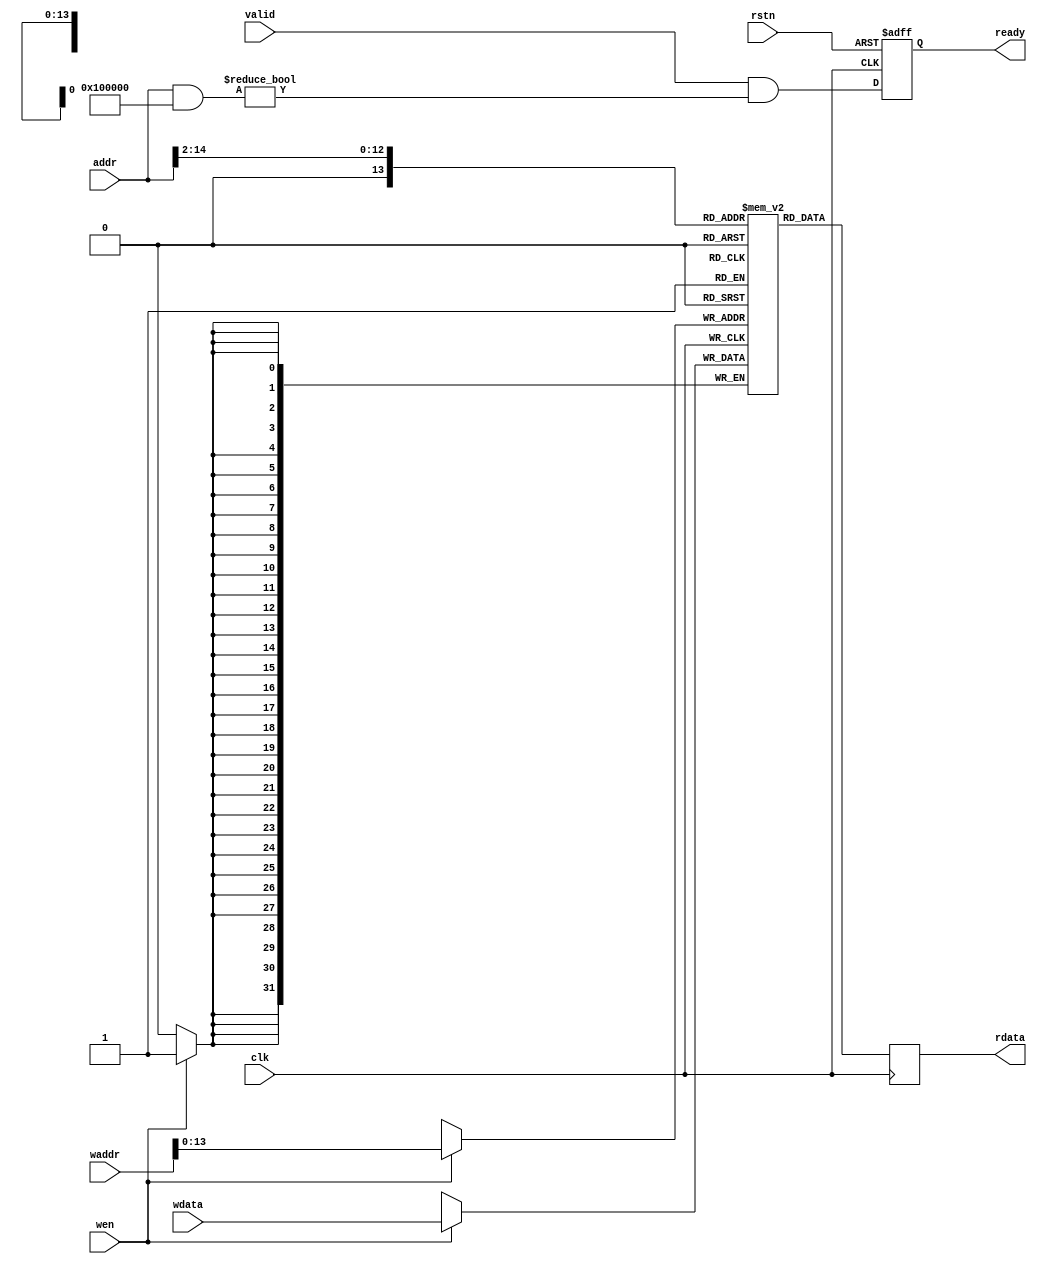

module progmem (
    // Clock & reset
    input wire clk,
    input wire rstn,

    // PicoRV32 bus interface
    input  wire        valid,
    output wire        ready,	
    input  wire [31:0] addr,
    output wire [31:0] rdata,
	// Rewrite firmware
    input  wire        wen,
	input  wire [31:0] waddr,
	input  wire [31:0] wdata
);

  // ============================================================================

  localparam MEM_SIZE_BITS = 13;  // In 32-bit words
  localparam MEM_SIZE = 1 << MEM_SIZE_BITS;
  localparam MEM_ADDR_MASK = 32'h0010_0000;

  // ============================================================================

  wire [MEM_SIZE_BITS-1:0] mem_addr;
  reg  [             31:0] mem_data;
  reg  [             31:0] mem      [0:MEM_SIZE];

  initial begin
    mem['h0000] <= 32'h00000093;
    mem['h0001] <= 32'h00000193;
    mem['h0002] <= 32'h00000213;
    mem['h0003] <= 32'h00000293;
    mem['h0004] <= 32'h00000313;
    mem['h0005] <= 32'h00000393;
    mem['h0006] <= 32'h00000413;
    mem['h0007] <= 32'h00000493;
    mem['h0008] <= 32'h00000513;
    mem['h0009] <= 32'h00000593;
    mem['h000A] <= 32'h00000613;
    mem['h000B] <= 32'h00000693;
    mem['h000C] <= 32'h00000713;
    mem['h000D] <= 32'h00000793;
    mem['h000E] <= 32'h00000813;
    mem['h000F] <= 32'h00000893;
    mem['h0010] <= 32'h00000913;
    mem['h0011] <= 32'h00000993;
    mem['h0012] <= 32'h00000A13;
    mem['h0013] <= 32'h00000A93;
    mem['h0014] <= 32'h00000B13;
    mem['h0015] <= 32'h00000B93;
    mem['h0016] <= 32'h00000C13;
    mem['h0017] <= 32'h00000C93;
    mem['h0018] <= 32'h00000D13;
    mem['h0019] <= 32'h00000D93;
    mem['h001A] <= 32'h00000E13;
    mem['h001B] <= 32'h00000E93;
    mem['h001C] <= 32'h00000F13;
    mem['h001D] <= 32'h00000F93;
    mem['h001E] <= 32'h00000513;
    mem['h001F] <= 32'h00000593;
    mem['h0020] <= 32'h00B52023;
    mem['h0021] <= 32'h00450513;
    mem['h0022] <= 32'hFE254CE3;
    mem['h0023] <= 32'h00001517;
    mem['h0024] <= 32'hEC850513;
    mem['h0025] <= 32'h00000593;
    mem['h0026] <= 32'h07C00613;
    mem['h0027] <= 32'h00C5DC63;
    mem['h0028] <= 32'h00052683;
    mem['h0029] <= 32'h00D5A023;
    mem['h002A] <= 32'h00450513;
    mem['h002B] <= 32'h00458593;
    mem['h002C] <= 32'hFEC5C8E3;
    mem['h002D] <= 32'h07C00513;
    mem['h002E] <= 32'h53000593;
    mem['h002F] <= 32'h00B55863;
    mem['h0030] <= 32'h00052023;
    mem['h0031] <= 32'h00450513;
    mem['h0032] <= 32'hFEB54CE3;
    mem['h0033] <= 32'h099000EF;
    mem['h0034] <= 32'h0000006F;
    mem['h0035] <= 32'hFF010113;
    mem['h0036] <= 32'h00812623;
    mem['h0037] <= 32'h01010413;
    mem['h0038] <= 32'h030007B7;
    mem['h0039] <= 32'h0007A783;
    mem['h003A] <= 32'h0107D793;
    mem['h003B] <= 32'h0FF7F713;
    mem['h003C] <= 32'h52E00623;
    mem['h003D] <= 32'h00000013;
    mem['h003E] <= 32'h00C12403;
    mem['h003F] <= 32'h01010113;
    mem['h0040] <= 32'h00008067;
    mem['h0041] <= 32'hFE010113;
    mem['h0042] <= 32'h00812E23;
    mem['h0043] <= 32'h02010413;
    mem['h0044] <= 32'h000017B7;
    mem['h0045] <= 32'hFFF78793;
    mem['h0046] <= 32'hFEF42623;
    mem['h0047] <= 32'hFE0405A3;
    mem['h0048] <= 32'h4E40006F;
    mem['h0049] <= 32'hFE040523;
    mem['h004A] <= 32'h4C40006F;
    mem['h004B] <= 32'hFE0404A3;
    mem['h004C] <= 32'h4A40006F;
    mem['h004D] <= 32'hFEB44783;
    mem['h004E] <= 32'h04079863;
    mem['h004F] <= 32'hFEA44783;
    mem['h0050] <= 32'h00078863;
    mem['h0051] <= 32'hFEA44703;
    mem['h0052] <= 32'h00100793;
    mem['h0053] <= 32'h00F71863;
    mem['h0054] <= 32'h22200793;
    mem['h0055] <= 32'hFEF42623;
    mem['h0056] <= 32'h4300006F;
    mem['h0057] <= 32'hFE944703;
    mem['h0058] <= 32'h01E00793;
    mem['h0059] <= 32'h00F70863;
    mem['h005A] <= 32'hFE944703;
    mem['h005B] <= 32'h01F00793;
    mem['h005C] <= 32'h00F71863;
    mem['h005D] <= 32'h11100793;
    mem['h005E] <= 32'hFEF42623;
    mem['h005F] <= 32'h40C0006F;
    mem['h0060] <= 32'hFE042623;
    mem['h0061] <= 32'h4040006F;
    mem['h0062] <= 32'hFEB44703;
    mem['h0063] <= 32'h00100793;
    mem['h0064] <= 32'h04F71C63;
    mem['h0065] <= 32'hFEA44783;
    mem['h0066] <= 32'h00078863;
    mem['h0067] <= 32'hFEA44703;
    mem['h0068] <= 32'h00100793;
    mem['h0069] <= 32'h00F71863;
    mem['h006A] <= 32'h08000793;
    mem['h006B] <= 32'hFEF42623;
    mem['h006C] <= 32'h3D80006F;
    mem['h006D] <= 32'hFE944703;
    mem['h006E] <= 32'h01E00793;
    mem['h006F] <= 32'h00F70863;
    mem['h0070] <= 32'hFE944703;
    mem['h0071] <= 32'h01F00793;
    mem['h0072] <= 32'h00F71863;
    mem['h0073] <= 32'h08000793;
    mem['h0074] <= 32'hFEF42623;
    mem['h0075] <= 32'h3B40006F;
    mem['h0076] <= 32'h000017B7;
    mem['h0077] <= 32'h8B478793;
    mem['h0078] <= 32'hFEF42623;
    mem['h0079] <= 32'h3A40006F;
    mem['h007A] <= 32'hFEB44703;
    mem['h007B] <= 32'h00200793;
    mem['h007C] <= 32'h04F71A63;
    mem['h007D] <= 32'hFEA44783;
    mem['h007E] <= 32'h00078863;
    mem['h007F] <= 32'hFEA44703;
    mem['h0080] <= 32'h00100793;
    mem['h0081] <= 32'h00F71863;
    mem['h0082] <= 32'h00B00793;
    mem['h0083] <= 32'hFEF42623;
    mem['h0084] <= 32'h3780006F;
    mem['h0085] <= 32'hFE944703;
    mem['h0086] <= 32'h01E00793;
    mem['h0087] <= 32'h00F70863;
    mem['h0088] <= 32'hFE944703;
    mem['h0089] <= 32'h01F00793;
    mem['h008A] <= 32'h00F71863;
    mem['h008B] <= 32'h00B00793;
    mem['h008C] <= 32'hFEF42623;
    mem['h008D] <= 32'h3540006F;
    mem['h008E] <= 32'h00900793;
    mem['h008F] <= 32'hFEF42623;
    mem['h0090] <= 32'h3480006F;
    mem['h0091] <= 32'hFEB44703;
    mem['h0092] <= 32'h00300793;
    mem['h0093] <= 32'h06F71063;
    mem['h0094] <= 32'hFEA44783;
    mem['h0095] <= 32'h00078863;
    mem['h0096] <= 32'hFEA44703;
    mem['h0097] <= 32'h00100793;
    mem['h0098] <= 32'h00F71A63;
    mem['h0099] <= 32'h000017B7;
    mem['h009A] <= 32'hA0078793;
    mem['h009B] <= 32'hFEF42623;
    mem['h009C] <= 32'h3180006F;
    mem['h009D] <= 32'hFE944703;
    mem['h009E] <= 32'h01E00793;
    mem['h009F] <= 32'h00F70863;
    mem['h00A0] <= 32'hFE944703;
    mem['h00A1] <= 32'h01F00793;
    mem['h00A2] <= 32'h00F71A63;
    mem['h00A3] <= 32'h000017B7;
    mem['h00A4] <= 32'hB0078793;
    mem['h00A5] <= 32'hFEF42623;
    mem['h00A6] <= 32'h2F00006F;
    mem['h00A7] <= 32'h000017B7;
    mem['h00A8] <= 32'hF0078793;
    mem['h00A9] <= 32'hFEF42623;
    mem['h00AA] <= 32'h2E00006F;
    mem['h00AB] <= 32'hFEB44703;
    mem['h00AC] <= 32'h00400793;
    mem['h00AD] <= 32'h06F71063;
    mem['h00AE] <= 32'hFEA44783;
    mem['h00AF] <= 32'h00078863;
    mem['h00B0] <= 32'hFEA44703;
    mem['h00B1] <= 32'h00100793;
    mem['h00B2] <= 32'h00F71A63;
    mem['h00B3] <= 32'h000017B7;
    mem['h00B4] <= 32'hFD878793;
    mem['h00B5] <= 32'hFEF42623;
    mem['h00B6] <= 32'h2B00006F;
    mem['h00B7] <= 32'hFE944703;
    mem['h00B8] <= 32'h01E00793;
    mem['h00B9] <= 32'h00F70863;
    mem['h00BA] <= 32'hFE944703;
    mem['h00BB] <= 32'h01F00793;
    mem['h00BC] <= 32'h00F71A63;
    mem['h00BD] <= 32'h000017B7;
    mem['h00BE] <= 32'hFD478793;
    mem['h00BF] <= 32'hFEF42623;
    mem['h00C0] <= 32'h2880006F;
    mem['h00C1] <= 32'h000017B7;
    mem['h00C2] <= 32'hFF078793;
    mem['h00C3] <= 32'hFEF42623;
    mem['h00C4] <= 32'h2780006F;
    mem['h00C5] <= 32'hFEB44703;
    mem['h00C6] <= 32'h00500793;
    mem['h00C7] <= 32'h04F71A63;
    mem['h00C8] <= 32'hFEA44783;
    mem['h00C9] <= 32'h00078863;
    mem['h00CA] <= 32'hFEA44703;
    mem['h00CB] <= 32'h00100793;
    mem['h00CC] <= 32'h00F71863;
    mem['h00CD] <= 32'h75D00793;
    mem['h00CE] <= 32'hFEF42623;
    mem['h00CF] <= 32'h24C0006F;
    mem['h00D0] <= 32'hFE944703;
    mem['h00D1] <= 32'h01E00793;
    mem['h00D2] <= 32'h00F70863;
    mem['h00D3] <= 32'hFE944703;
    mem['h00D4] <= 32'h01F00793;
    mem['h00D5] <= 32'h00F71863;
    mem['h00D6] <= 32'h74D00793;
    mem['h00D7] <= 32'hFEF42623;
    mem['h00D8] <= 32'h2280006F;
    mem['h00D9] <= 32'h70D00793;
    mem['h00DA] <= 32'hFEF42623;
    mem['h00DB] <= 32'h21C0006F;
    mem['h00DC] <= 32'hFEB44703;
    mem['h00DD] <= 32'h00600793;
    mem['h00DE] <= 32'h06F71063;
    mem['h00DF] <= 32'hFEA44783;
    mem['h00E0] <= 32'h00078863;
    mem['h00E1] <= 32'hFEA44703;
    mem['h00E2] <= 32'h00100793;
    mem['h00E3] <= 32'h00F71A63;
    mem['h00E4] <= 32'h000017B7;
    mem['h00E5] <= 32'hFAF78793;
    mem['h00E6] <= 32'hFEF42623;
    mem['h00E7] <= 32'h1EC0006F;
    mem['h00E8] <= 32'hFE944703;
    mem['h00E9] <= 32'h01E00793;
    mem['h00EA] <= 32'h00F70863;
    mem['h00EB] <= 32'hFE944703;
    mem['h00EC] <= 32'h01F00793;
    mem['h00ED] <= 32'h00F71A63;
    mem['h00EE] <= 32'h000017B7;
    mem['h00EF] <= 32'hF6F78793;
    mem['h00F0] <= 32'hFEF42623;
    mem['h00F1] <= 32'h1C40006F;
    mem['h00F2] <= 32'h000017B7;
    mem['h00F3] <= 32'hF0F78793;
    mem['h00F4] <= 32'hFEF42623;
    mem['h00F5] <= 32'h1B40006F;
    mem['h00F6] <= 32'hFEB44703;
    mem['h00F7] <= 32'h00700793;
    mem['h00F8] <= 32'h06F71063;
    mem['h00F9] <= 32'hFEA44783;
    mem['h00FA] <= 32'h00078863;
    mem['h00FB] <= 32'hFEA44703;
    mem['h00FC] <= 32'h00100793;
    mem['h00FD] <= 32'h00F71A63;
    mem['h00FE] <= 32'h000017B7;
    mem['h00FF] <= 32'hFB078793;
    mem['h0100] <= 32'hFEF42623;
    mem['h0101] <= 32'h1840006F;
    mem['h0102] <= 32'hFE944703;
    mem['h0103] <= 32'h01E00793;
    mem['h0104] <= 32'h00F70863;
    mem['h0105] <= 32'hFE944703;
    mem['h0106] <= 32'h01F00793;
    mem['h0107] <= 32'h00F71A63;
    mem['h0108] <= 32'h000017B7;
    mem['h0109] <= 32'hF9078793;
    mem['h010A] <= 32'hFEF42623;
    mem['h010B] <= 32'h15C0006F;
    mem['h010C] <= 32'h000017B7;
    mem['h010D] <= 32'hFA078793;
    mem['h010E] <= 32'hFEF42623;
    mem['h010F] <= 32'h14C0006F;
    mem['h0110] <= 32'hFEB44703;
    mem['h0111] <= 32'h00800793;
    mem['h0112] <= 32'h00F71863;
    mem['h0113] <= 32'h0A000793;
    mem['h0114] <= 32'hFEF42623;
    mem['h0115] <= 32'h1340006F;
    mem['h0116] <= 32'hFEB44703;
    mem['h0117] <= 32'h00900793;
    mem['h0118] <= 32'h04F71E63;
    mem['h0119] <= 32'hFE944703;
    mem['h011A] <= 32'h01E00793;
    mem['h011B] <= 32'h00F70863;
    mem['h011C] <= 32'hFE944703;
    mem['h011D] <= 32'h01F00793;
    mem['h011E] <= 32'h00F71A63;
    mem['h011F] <= 32'h000017B7;
    mem['h0120] <= 32'hCCC78793;
    mem['h0121] <= 32'hFEF42623;
    mem['h0122] <= 32'h1000006F;
    mem['h0123] <= 32'hFEA44783;
    mem['h0124] <= 32'h00078863;
    mem['h0125] <= 32'hFEA44703;
    mem['h0126] <= 32'h00100793;
    mem['h0127] <= 32'h00F71863;
    mem['h0128] <= 32'h11100793;
    mem['h0129] <= 32'hFEF42623;
    mem['h012A] <= 32'h0E00006F;
    mem['h012B] <= 32'h000017B7;
    mem['h012C] <= 32'hAAA78793;
    mem['h012D] <= 32'hFEF42623;
    mem['h012E] <= 32'h0D00006F;
    mem['h012F] <= 32'hFEB44703;
    mem['h0130] <= 32'h00A00793;
    mem['h0131] <= 32'h04F71A63;
    mem['h0132] <= 32'hFEA44783;
    mem['h0133] <= 32'h00078863;
    mem['h0134] <= 32'hFEA44703;
    mem['h0135] <= 32'h00100793;
    mem['h0136] <= 32'h00F71863;
    mem['h0137] <= 32'h00B00793;
    mem['h0138] <= 32'hFEF42623;
    mem['h0139] <= 32'h0A40006F;
    mem['h013A] <= 32'hFE944703;
    mem['h013B] <= 32'h01E00793;
    mem['h013C] <= 32'h00F70863;
    mem['h013D] <= 32'hFE944703;
    mem['h013E] <= 32'h01F00793;
    mem['h013F] <= 32'h00F71863;
    mem['h0140] <= 32'h00B00793;
    mem['h0141] <= 32'hFEF42623;
    mem['h0142] <= 32'h0800006F;
    mem['h0143] <= 32'h00700793;
    mem['h0144] <= 32'hFEF42623;
    mem['h0145] <= 32'h0740006F;
    mem['h0146] <= 32'hFEB44703;
    mem['h0147] <= 32'h00B00793;
    mem['h0148] <= 32'h00F71A63;
    mem['h0149] <= 32'h000017B7;
    mem['h014A] <= 32'hAA078793;
    mem['h014B] <= 32'hFEF42623;
    mem['h014C] <= 32'h0580006F;
    mem['h014D] <= 32'hFEB44703;
    mem['h014E] <= 32'h00C00793;
    mem['h014F] <= 32'h00F71863;
    mem['h0150] <= 32'h0AA00793;
    mem['h0151] <= 32'hFEF42623;
    mem['h0152] <= 32'h0400006F;
    mem['h0153] <= 32'hFEB44703;
    mem['h0154] <= 32'h00D00793;
    mem['h0155] <= 32'h00F71A63;
    mem['h0156] <= 32'h000017B7;
    mem['h0157] <= 32'hA0A78793;
    mem['h0158] <= 32'hFEF42623;
    mem['h0159] <= 32'h0240006F;
    mem['h015A] <= 32'hFEB44703;
    mem['h015B] <= 32'h00E00793;
    mem['h015C] <= 32'h00F71A63;
    mem['h015D] <= 32'h000017B7;
    mem['h015E] <= 32'hFFF78793;
    mem['h015F] <= 32'hFEF42623;
    mem['h0160] <= 32'h0080006F;
    mem['h0161] <= 32'hFE042623;
    mem['h0162] <= 32'hFEB44703;
    mem['h0163] <= 32'h00070793;
    mem['h0164] <= 32'h00179793;
    mem['h0165] <= 32'h00E787B3;
    mem['h0166] <= 32'h00379793;
    mem['h0167] <= 32'h00078713;
    mem['h0168] <= 32'hFEA44783;
    mem['h0169] <= 32'h00F707B3;
    mem['h016A] <= 32'h00579713;
    mem['h016B] <= 32'hFE944783;
    mem['h016C] <= 32'h00F707B3;
    mem['h016D] <= 32'h00279713;
    mem['h016E] <= 32'h051007B7;
    mem['h016F] <= 32'h00F707B3;
    mem['h0170] <= 32'hFEC42703;
    mem['h0171] <= 32'h00E7A023;
    mem['h0172] <= 32'hFE944783;
    mem['h0173] <= 32'h00178793;
    mem['h0174] <= 32'hFEF404A3;
    mem['h0175] <= 32'hFE944703;
    mem['h0176] <= 32'h01F00793;
    mem['h0177] <= 32'hB4E7FCE3;
    mem['h0178] <= 32'hFEA44783;
    mem['h0179] <= 32'h00178793;
    mem['h017A] <= 32'hFEF40523;
    mem['h017B] <= 32'hFEA44703;
    mem['h017C] <= 32'h01700793;
    mem['h017D] <= 32'hB2E7FCE3;
    mem['h017E] <= 32'hFEB44783;
    mem['h017F] <= 32'h00178793;
    mem['h0180] <= 32'hFEF405A3;
    mem['h0181] <= 32'hFEB44703;
    mem['h0182] <= 32'h00F00793;
    mem['h0183] <= 32'hB0E7FCE3;
    mem['h0184] <= 32'h00000013;
    mem['h0185] <= 32'h00000013;
    mem['h0186] <= 32'h01C12403;
    mem['h0187] <= 32'h02010113;
    mem['h0188] <= 32'h00008067;
    mem['h0189] <= 32'hFD010113;
    mem['h018A] <= 32'h02812623;
    mem['h018B] <= 32'h03010413;
    mem['h018C] <= 32'hFCA42E23;
    mem['h018D] <= 32'hFCB42C23;
    mem['h018E] <= 32'hFCC42A23;
    mem['h018F] <= 32'hFE042623;
    mem['h0190] <= 32'hFD442703;
    mem['h0191] <= 32'h41F75793;
    mem['h0192] <= 32'h01E7D793;
    mem['h0193] <= 32'h00F70733;
    mem['h0194] <= 32'h00377713;
    mem['h0195] <= 32'h40F707B3;
    mem['h0196] <= 32'h00300713;
    mem['h0197] <= 32'h08E78063;
    mem['h0198] <= 32'h00300713;
    mem['h0199] <= 32'h08F74C63;
    mem['h019A] <= 32'h00200713;
    mem['h019B] <= 32'h04E78863;
    mem['h019C] <= 32'h00200713;
    mem['h019D] <= 32'h08F74463;
    mem['h019E] <= 32'h00078863;
    mem['h019F] <= 32'h00100713;
    mem['h01A0] <= 32'h02E78063;
    mem['h01A1] <= 32'h0780006F;
    mem['h01A2] <= 32'hFD842783;
    mem['h01A3] <= 32'h00279793;
    mem['h01A4] <= 32'hFDC42703;
    mem['h01A5] <= 32'h00F707B3;
    mem['h01A6] <= 32'hFEF42623;
    mem['h01A7] <= 32'h0600006F;
    mem['h01A8] <= 32'hFD842783;
    mem['h01A9] <= 32'h00C78713;
    mem['h01AA] <= 32'hFDC42783;
    mem['h01AB] <= 32'h00279793;
    mem['h01AC] <= 32'h40F707B3;
    mem['h01AD] <= 32'hFEF42623;
    mem['h01AE] <= 32'h0440006F;
    mem['h01AF] <= 32'hFD842783;
    mem['h01B0] <= 32'h00279793;
    mem['h01B1] <= 32'h00F00713;
    mem['h01B2] <= 32'h40F70733;
    mem['h01B3] <= 32'hFDC42783;
    mem['h01B4] <= 32'h40F707B3;
    mem['h01B5] <= 32'hFEF42623;
    mem['h01B6] <= 32'h0240006F;
    mem['h01B7] <= 32'h00300713;
    mem['h01B8] <= 32'hFD842783;
    mem['h01B9] <= 32'h40F70733;
    mem['h01BA] <= 32'hFDC42783;
    mem['h01BB] <= 32'h00279793;
    mem['h01BC] <= 32'h00F707B3;
    mem['h01BD] <= 32'hFEF42623;
    mem['h01BE] <= 32'h00000013;
    mem['h01BF] <= 32'hFEC42783;
    mem['h01C0] <= 32'h00078513;
    mem['h01C1] <= 32'h02C12403;
    mem['h01C2] <= 32'h03010113;
    mem['h01C3] <= 32'h00008067;
    mem['h01C4] <= 32'hFD010113;
    mem['h01C5] <= 32'h02112623;
    mem['h01C6] <= 32'h02812423;
    mem['h01C7] <= 32'h03010413;
    mem['h01C8] <= 32'hFCA42E23;
    mem['h01C9] <= 32'hFCB42C23;
    mem['h01CA] <= 32'hFCC42A23;
    mem['h01CB] <= 32'hFCD42823;
    mem['h01CC] <= 32'hFE042623;
    mem['h01CD] <= 32'h0FC0006F;
    mem['h01CE] <= 32'hFE042423;
    mem['h01CF] <= 32'h0DC0006F;
    mem['h01D0] <= 32'hFD842603;
    mem['h01D1] <= 32'hFE842583;
    mem['h01D2] <= 32'hFEC42503;
    mem['h01D3] <= 32'hED9FF0EF;
    mem['h01D4] <= 32'hFEA42223;
    mem['h01D5] <= 32'hFD042703;
    mem['h01D6] <= 32'hFE842783;
    mem['h01D7] <= 32'h00F70733;
    mem['h01D8] <= 32'h00070793;
    mem['h01D9] <= 32'h00279793;
    mem['h01DA] <= 32'h00E787B3;
    mem['h01DB] <= 32'h00379793;
    mem['h01DC] <= 32'h00078693;
    mem['h01DD] <= 32'hFD442703;
    mem['h01DE] <= 32'hFEC42783;
    mem['h01DF] <= 32'h00F707B3;
    mem['h01E0] <= 32'h00F687B3;
    mem['h01E1] <= 32'hFEF42023;
    mem['h01E2] <= 32'hFD442703;
    mem['h01E3] <= 32'hFEC42783;
    mem['h01E4] <= 32'h00F707B3;
    mem['h01E5] <= 32'h0607CC63;
    mem['h01E6] <= 32'hFD442703;
    mem['h01E7] <= 32'hFEC42783;
    mem['h01E8] <= 32'h00F70733;
    mem['h01E9] <= 32'h02700793;
    mem['h01EA] <= 32'h06E7C263;
    mem['h01EB] <= 32'hFD042703;
    mem['h01EC] <= 32'hFE842783;
    mem['h01ED] <= 32'h00F707B3;
    mem['h01EE] <= 32'h0407CA63;
    mem['h01EF] <= 32'hFD042703;
    mem['h01F0] <= 32'hFE842783;
    mem['h01F1] <= 32'h00F70733;
    mem['h01F2] <= 32'h01D00793;
    mem['h01F3] <= 32'h04E7C063;
    mem['h01F4] <= 32'h00000713;
    mem['h01F5] <= 32'hFDC42783;
    mem['h01F6] <= 32'h00479793;
    mem['h01F7] <= 32'h00F70733;
    mem['h01F8] <= 32'hFE442783;
    mem['h01F9] <= 32'h00F707B3;
    mem['h01FA] <= 32'h0007C783;
    mem['h01FB] <= 32'h02078063;
    mem['h01FC] <= 32'h07C00713;
    mem['h01FD] <= 32'hFE042783;
    mem['h01FE] <= 32'h00F707B3;
    mem['h01FF] <= 32'h0007C783;
    mem['h0200] <= 32'h00078663;
    mem['h0201] <= 32'h00000793;
    mem['h0202] <= 32'h0380006F;
    mem['h0203] <= 32'hFE842783;
    mem['h0204] <= 32'h00178793;
    mem['h0205] <= 32'hFEF42423;
    mem['h0206] <= 32'hFE842703;
    mem['h0207] <= 32'h00300793;
    mem['h0208] <= 32'hF2E7D0E3;
    mem['h0209] <= 32'hFEC42783;
    mem['h020A] <= 32'h00178793;
    mem['h020B] <= 32'hFEF42623;
    mem['h020C] <= 32'hFEC42703;
    mem['h020D] <= 32'h00300793;
    mem['h020E] <= 32'hF0E7D0E3;
    mem['h020F] <= 32'h00100793;
    mem['h0210] <= 32'h00078513;
    mem['h0211] <= 32'h02C12083;
    mem['h0212] <= 32'h02812403;
    mem['h0213] <= 32'h03010113;
    mem['h0214] <= 32'h00008067;
    mem['h0215] <= 32'hFD010113;
    mem['h0216] <= 32'h02812623;
    mem['h0217] <= 32'h03010413;
    mem['h0218] <= 32'hFCA42E23;
    mem['h0219] <= 32'hFDC42783;
    mem['h021A] <= 32'h0007A783;
    mem['h021B] <= 32'hFEF42623;
    mem['h021C] <= 32'hFEC42783;
    mem['h021D] <= 32'h00D79793;
    mem['h021E] <= 32'hFEC42703;
    mem['h021F] <= 32'h00F747B3;
    mem['h0220] <= 32'hFEF42623;
    mem['h0221] <= 32'hFEC42783;
    mem['h0222] <= 32'h0117D793;
    mem['h0223] <= 32'hFEC42703;
    mem['h0224] <= 32'h00F747B3;
    mem['h0225] <= 32'hFEF42623;
    mem['h0226] <= 32'hFEC42783;
    mem['h0227] <= 32'h00579793;
    mem['h0228] <= 32'hFEC42703;
    mem['h0229] <= 32'h00F747B3;
    mem['h022A] <= 32'hFEF42623;
    mem['h022B] <= 32'hFDC42783;
    mem['h022C] <= 32'hFEC42703;
    mem['h022D] <= 32'h00E7A023;
    mem['h022E] <= 32'hFEC42783;
    mem['h022F] <= 32'h00078513;
    mem['h0230] <= 32'h02C12403;
    mem['h0231] <= 32'h03010113;
    mem['h0232] <= 32'h00008067;
    mem['h0233] <= 32'hFF010113;
    mem['h0234] <= 32'h00112623;
    mem['h0235] <= 32'h00812423;
    mem['h0236] <= 32'h01010413;
    mem['h0237] <= 32'h07400513;
    mem['h0238] <= 32'hF75FF0EF;
    mem['h0239] <= 32'h00050793;
    mem['h023A] <= 32'h0017F793;
    mem['h023B] <= 32'h00078513;
    mem['h023C] <= 32'h00C12083;
    mem['h023D] <= 32'h00812403;
    mem['h023E] <= 32'h01010113;
    mem['h023F] <= 32'h00008067;
    mem['h0240] <= 32'hFD010113;
    mem['h0241] <= 32'h02112623;
    mem['h0242] <= 32'h02812423;
    mem['h0243] <= 32'h03010413;
    mem['h0244] <= 32'hFCA42E23;
    mem['h0245] <= 32'hFCB42C23;
    mem['h0246] <= 32'hFD842703;
    mem['h0247] <= 32'hFDC42783;
    mem['h0248] <= 32'h40F707B3;
    mem['h0249] <= 32'h00178793;
    mem['h024A] <= 32'hFEF42623;
    mem['h024B] <= 32'h07800513;
    mem['h024C] <= 32'hF25FF0EF;
    mem['h024D] <= 32'h00050713;
    mem['h024E] <= 32'hFEC42783;
    mem['h024F] <= 32'h02F77733;
    mem['h0250] <= 32'hFDC42783;
    mem['h0251] <= 32'h00F707B3;
    mem['h0252] <= 32'hFEF42423;
    mem['h0253] <= 32'hFE842783;
    mem['h0254] <= 32'h00078513;
    mem['h0255] <= 32'h02C12083;
    mem['h0256] <= 32'h02812403;
    mem['h0257] <= 32'h03010113;
    mem['h0258] <= 32'h00008067;
    mem['h0259] <= 32'hFB010113;
    mem['h025A] <= 32'h04112623;
    mem['h025B] <= 32'h04812423;
    mem['h025C] <= 32'h04912223;
    mem['h025D] <= 32'h05010413;
    mem['h025E] <= 32'h020007B7;
    mem['h025F] <= 32'h00478793;
    mem['h0260] <= 32'h0D900713;
    mem['h0261] <= 32'h00E7A023;
    mem['h0262] <= 32'h001017B7;
    mem['h0263] <= 32'hF3078513;
    mem['h0264] <= 32'h4D0000EF;
    mem['h0265] <= 32'hFC0405A3;
    mem['h0266] <= 32'hFC040523;
    mem['h0267] <= 32'hFC0404A3;
    mem['h0268] <= 32'hFC040423;
    mem['h0269] <= 32'hFC0403A3;
    mem['h026A] <= 32'h030007B7;
    mem['h026B] <= 32'h0007A023;
    mem['h026C] <= 32'hF54FF0EF;
    mem['h026D] <= 32'hFE041723;
    mem['h026E] <= 32'h00300793;
    mem['h026F] <= 32'hFEF406A3;
    mem['h0270] <= 32'hFE040623;
    mem['h0271] <= 32'h00F00793;
    mem['h0272] <= 32'hFEF405A3;
    mem['h0273] <= 32'h00F00793;
    mem['h0274] <= 32'hFCF40323;
    mem['h0275] <= 32'hFE040523;
    mem['h0276] <= 32'h00300793;
    mem['h0277] <= 32'hFCF402A3;
    mem['h0278] <= 32'hFC040223;
    mem['h0279] <= 32'h00100793;
    mem['h027A] <= 32'hFCF401A3;
    mem['h027B] <= 32'hFE041423;
    mem['h027C] <= 32'hFE041323;
    mem['h027D] <= 32'hFA042C23;
    mem['h027E] <= 32'hFC040123;
    mem['h027F] <= 32'hFC0400A3;
    mem['h0280] <= 32'hFC040023;
    mem['h0281] <= 32'hFA040FA3;
    mem['h0282] <= 32'hFA040F23;
    mem['h0283] <= 32'hFE0402A3;
    mem['h0284] <= 32'h07002783;
    mem['h0285] <= 32'hFFF78713;
    mem['h0286] <= 32'h06E02823;
    mem['h0287] <= 32'hEB8FF0EF;
    mem['h0288] <= 32'h52C04783;
    mem['h0289] <= 32'h1007E713;
    mem['h028A] <= 32'h030007B7;
    mem['h028B] <= 32'h00E7A023;
    mem['h028C] <= 32'h07002783;
    mem['h028D] <= 32'hFC079EE3;
    mem['h028E] <= 32'h00002737;
    mem['h028F] <= 32'h71070713;
    mem['h0290] <= 32'h06E02823;
    mem['h0291] <= 32'hFEA44783;
    mem['h0292] <= 32'h00178793;
    mem['h0293] <= 32'hFEF40523;
    mem['h0294] <= 32'hFEA44703;
    mem['h0295] <= 32'hFC644783;
    mem['h0296] <= 32'h40F707B3;
    mem['h0297] <= 32'h0017B793;
    mem['h0298] <= 32'hFCF40223;
    mem['h0299] <= 32'hFC444783;
    mem['h029A] <= 32'h22078863;
    mem['h029B] <= 32'hFE040523;
    mem['h029C] <= 32'hFE845783;
    mem['h029D] <= 32'h00178793;
    mem['h029E] <= 32'hFEF41423;
    mem['h029F] <= 32'hFEE45703;
    mem['h02A0] <= 32'hFED44583;
    mem['h02A1] <= 32'hFEC44783;
    mem['h02A2] <= 32'h00178793;
    mem['h02A3] <= 32'hFEB44683;
    mem['h02A4] <= 32'h00078613;
    mem['h02A5] <= 32'h00070513;
    mem['h02A6] <= 32'hC79FF0EF;
    mem['h02A7] <= 32'h00050793;
    mem['h02A8] <= 32'h00078E63;
    mem['h02A9] <= 32'hFE544783;
    mem['h02AA] <= 32'h00079A63;
    mem['h02AB] <= 32'hFEC44783;
    mem['h02AC] <= 32'h00178793;
    mem['h02AD] <= 32'hFEF40623;
    mem['h02AE] <= 32'h1E00006F;
    mem['h02AF] <= 32'hFEE45703;
    mem['h02B0] <= 32'hFED44583;
    mem['h02B1] <= 32'hFEC44783;
    mem['h02B2] <= 32'hFFF78793;
    mem['h02B3] <= 32'hFEB44683;
    mem['h02B4] <= 32'h00078613;
    mem['h02B5] <= 32'h00070513;
    mem['h02B6] <= 32'hC39FF0EF;
    mem['h02B7] <= 32'h00050793;
    mem['h02B8] <= 32'h00078E63;
    mem['h02B9] <= 32'hFE544783;
    mem['h02BA] <= 32'h00078A63;
    mem['h02BB] <= 32'hFEC44783;
    mem['h02BC] <= 32'hFFF78793;
    mem['h02BD] <= 32'hFEF40623;
    mem['h02BE] <= 32'h1A00006F;
    mem['h02BF] <= 32'hFE042023;
    mem['h02C0] <= 32'h0B00006F;
    mem['h02C1] <= 32'hFC042E23;
    mem['h02C2] <= 32'h0900006F;
    mem['h02C3] <= 32'hFEE45483;
    mem['h02C4] <= 32'hFED44783;
    mem['h02C5] <= 32'h00078613;
    mem['h02C6] <= 32'hFDC42583;
    mem['h02C7] <= 32'hFE042503;
    mem['h02C8] <= 32'hB05FF0EF;
    mem['h02C9] <= 32'h00050693;
    mem['h02CA] <= 32'h00000713;
    mem['h02CB] <= 32'h00449793;
    mem['h02CC] <= 32'h00F707B3;
    mem['h02CD] <= 32'h00D787B3;
    mem['h02CE] <= 32'h0007C783;
    mem['h02CF] <= 32'h04078863;
    mem['h02D0] <= 32'hFEE45783;
    mem['h02D1] <= 32'h0FF7F693;
    mem['h02D2] <= 32'hFEB44703;
    mem['h02D3] <= 32'hFDC42783;
    mem['h02D4] <= 32'h00F70733;
    mem['h02D5] <= 32'h00070793;
    mem['h02D6] <= 32'h00279793;
    mem['h02D7] <= 32'h00E787B3;
    mem['h02D8] <= 32'h00379793;
    mem['h02D9] <= 32'h00078613;
    mem['h02DA] <= 32'hFEC44703;
    mem['h02DB] <= 32'hFE042783;
    mem['h02DC] <= 32'h00F707B3;
    mem['h02DD] <= 32'h00F607B3;
    mem['h02DE] <= 32'h00168713;
    mem['h02DF] <= 32'h0FF77713;
    mem['h02E0] <= 32'h07C00693;
    mem['h02E1] <= 32'h00F687B3;
    mem['h02E2] <= 32'h00E78023;
    mem['h02E3] <= 32'hFDC42783;
    mem['h02E4] <= 32'h00178793;
    mem['h02E5] <= 32'hFCF42E23;
    mem['h02E6] <= 32'hFDC42703;
    mem['h02E7] <= 32'h00300793;
    mem['h02E8] <= 32'hF6E7D6E3;
    mem['h02E9] <= 32'hFE042783;
    mem['h02EA] <= 32'h00178793;
    mem['h02EB] <= 32'hFEF42023;
    mem['h02EC] <= 32'hFE042703;
    mem['h02ED] <= 32'h00300793;
    mem['h02EE] <= 32'hF4E7D6E3;
    mem['h02EF] <= 32'hFE544783;
    mem['h02F0] <= 32'hFAF40FA3;
    mem['h02F1] <= 32'hFE645783;
    mem['h02F2] <= 32'h00178793;
    mem['h02F3] <= 32'hFEF41323;
    mem['h02F4] <= 32'hFC244783;
    mem['h02F5] <= 32'h02078263;
    mem['h02F6] <= 32'hFC244783;
    mem['h02F7] <= 32'h01400713;
    mem['h02F8] <= 32'h00F717B3;
    mem['h02F9] <= 32'h01079713;
    mem['h02FA] <= 32'h01075713;
    mem['h02FB] <= 32'hFE645783;
    mem['h02FC] <= 32'h00F707B3;
    mem['h02FD] <= 32'hFEF41323;
    mem['h02FE] <= 32'h00100793;
    mem['h02FF] <= 32'hFAF40F23;
    mem['h0300] <= 32'h01300593;
    mem['h0301] <= 32'h00200513;
    mem['h0302] <= 32'hCF9FF0EF;
    mem['h0303] <= 32'h00050793;
    mem['h0304] <= 32'hFEF405A3;
    mem['h0305] <= 32'hCB9FF0EF;
    mem['h0306] <= 32'h00050793;
    mem['h0307] <= 32'hFEF402A3;
    mem['h0308] <= 32'hFE544783;
    mem['h0309] <= 32'h00079A63;
    mem['h030A] <= 32'h00300793;
    mem['h030B] <= 32'hFEF406A3;
    mem['h030C] <= 32'hFE040623;
    mem['h030D] <= 32'h0140006F;
    mem['h030E] <= 32'h00300793;
    mem['h030F] <= 32'hFEF406A3;
    mem['h0310] <= 32'h02400793;
    mem['h0311] <= 32'hFEF40623;
    mem['h0312] <= 32'hFE845703;
    mem['h0313] <= 32'h00700793;
    mem['h0314] <= 32'h02F777B3;
    mem['h0315] <= 32'hFEF41723;
    mem['h0316] <= 32'hFEE45783;
    mem['h0317] <= 32'hFED44703;
    mem['h0318] <= 32'hFEC44603;
    mem['h0319] <= 32'hFEB44683;
    mem['h031A] <= 32'h00070593;
    mem['h031B] <= 32'h00078513;
    mem['h031C] <= 32'hAA1FF0EF;
    mem['h031D] <= 32'h00050793;
    mem['h031E] <= 32'h00F037B3;
    mem['h031F] <= 32'h0FF7F793;
    mem['h0320] <= 32'h0017C793;
    mem['h0321] <= 32'h0FF7F793;
    mem['h0322] <= 32'hFCF400A3;
    mem['h0323] <= 32'hFC144783;
    mem['h0324] <= 32'h0017F793;
    mem['h0325] <= 32'hFCF400A3;
    mem['h0326] <= 32'hFC042C23;
    mem['h0327] <= 32'h0900006F;
    mem['h0328] <= 32'hFC042A23;
    mem['h0329] <= 32'h0700006F;
    mem['h032A] <= 32'hFD842703;
    mem['h032B] <= 32'h00070793;
    mem['h032C] <= 32'h00279793;
    mem['h032D] <= 32'h00E787B3;
    mem['h032E] <= 32'h00379793;
    mem['h032F] <= 32'h00078713;
    mem['h0330] <= 32'hFD442783;
    mem['h0331] <= 32'h00F707B3;
    mem['h0332] <= 32'h07C00713;
    mem['h0333] <= 32'h00F707B3;
    mem['h0334] <= 32'h0007C683;
    mem['h0335] <= 32'hFD842703;
    mem['h0336] <= 32'h00070793;
    mem['h0337] <= 32'h00279793;
    mem['h0338] <= 32'h00E787B3;
    mem['h0339] <= 32'h00379793;
    mem['h033A] <= 32'h00078713;
    mem['h033B] <= 32'hFD442783;
    mem['h033C] <= 32'h00F707B3;
    mem['h033D] <= 32'h00279713;
    mem['h033E] <= 32'h052007B7;
    mem['h033F] <= 32'h00F707B3;
    mem['h0340] <= 32'h00068713;
    mem['h0341] <= 32'h00E7A023;
    mem['h0342] <= 32'hFD442783;
    mem['h0343] <= 32'h00178793;
    mem['h0344] <= 32'hFCF42A23;
    mem['h0345] <= 32'hFD442703;
    mem['h0346] <= 32'h02700793;
    mem['h0347] <= 32'hF8E7D6E3;
    mem['h0348] <= 32'hFD842783;
    mem['h0349] <= 32'h00178793;
    mem['h034A] <= 32'hFCF42C23;
    mem['h034B] <= 32'hFD842703;
    mem['h034C] <= 32'h01D00793;
    mem['h034D] <= 32'hF6E7D6E3;
    mem['h034E] <= 32'hFC042823;
    mem['h034F] <= 32'h0B00006F;
    mem['h0350] <= 32'hFC042623;
    mem['h0351] <= 32'h0900006F;
    mem['h0352] <= 32'hFEE45483;
    mem['h0353] <= 32'hFED44783;
    mem['h0354] <= 32'h00078613;
    mem['h0355] <= 32'hFCC42583;
    mem['h0356] <= 32'hFD042503;
    mem['h0357] <= 32'h8C9FF0EF;
    mem['h0358] <= 32'h00050693;
    mem['h0359] <= 32'h00000713;
    mem['h035A] <= 32'h00449793;
    mem['h035B] <= 32'h00F707B3;
    mem['h035C] <= 32'h00D787B3;
    mem['h035D] <= 32'h0007C783;
    mem['h035E] <= 32'h04078863;
    mem['h035F] <= 32'hFEE45783;
    mem['h0360] <= 32'h00178693;
    mem['h0361] <= 32'hFEB44703;
    mem['h0362] <= 32'hFCC42783;
    mem['h0363] <= 32'h00F70733;
    mem['h0364] <= 32'h00070793;
    mem['h0365] <= 32'h00279793;
    mem['h0366] <= 32'h00E787B3;
    mem['h0367] <= 32'h00379793;
    mem['h0368] <= 32'h00078613;
    mem['h0369] <= 32'hFEC44703;
    mem['h036A] <= 32'hFD042783;
    mem['h036B] <= 32'h00F707B3;
    mem['h036C] <= 32'h00F607B3;
    mem['h036D] <= 32'h00279713;
    mem['h036E] <= 32'h052007B7;
    mem['h036F] <= 32'h00F707B3;
    mem['h0370] <= 32'h00068713;
    mem['h0371] <= 32'h00E7A023;
    mem['h0372] <= 32'hFCC42783;
    mem['h0373] <= 32'h00178793;
    mem['h0374] <= 32'hFCF42623;
    mem['h0375] <= 32'hFCC42703;
    mem['h0376] <= 32'h00300793;
    mem['h0377] <= 32'hF6E7D6E3;
    mem['h0378] <= 32'hFD042783;
    mem['h0379] <= 32'h00178793;
    mem['h037A] <= 32'hFCF42823;
    mem['h037B] <= 32'hFD042703;
    mem['h037C] <= 32'h00300793;
    mem['h037D] <= 32'hF4E7D6E3;
    mem['h037E] <= 32'hFC0405A3;
    mem['h037F] <= 32'hFC040523;
    mem['h0380] <= 32'hFC0404A3;
    mem['h0381] <= 32'hFC040423;
    mem['h0382] <= 32'hFC0403A3;
    mem['h0383] <= 32'hC05FF06F;
    mem['h0384] <= 32'hFE010113;
    mem['h0385] <= 32'h00112E23;
    mem['h0386] <= 32'h00812C23;
    mem['h0387] <= 32'h02010413;
    mem['h0388] <= 32'h00050793;
    mem['h0389] <= 32'hFEF407A3;
    mem['h038A] <= 32'hFEF44703;
    mem['h038B] <= 32'h00A00793;
    mem['h038C] <= 32'h00F71663;
    mem['h038D] <= 32'h00D00513;
    mem['h038E] <= 32'hFD9FF0EF;
    mem['h038F] <= 32'h020007B7;
    mem['h0390] <= 32'h00878793;
    mem['h0391] <= 32'hFEF44703;
    mem['h0392] <= 32'h00E7A023;
    mem['h0393] <= 32'h00000013;
    mem['h0394] <= 32'h01C12083;
    mem['h0395] <= 32'h01812403;
    mem['h0396] <= 32'h02010113;
    mem['h0397] <= 32'h00008067;
    mem['h0398] <= 32'hFE010113;
    mem['h0399] <= 32'h00112E23;
    mem['h039A] <= 32'h00812C23;
    mem['h039B] <= 32'h02010413;
    mem['h039C] <= 32'hFEA42623;
    mem['h039D] <= 32'h01C0006F;
    mem['h039E] <= 32'hFEC42783;
    mem['h039F] <= 32'h00178713;
    mem['h03A0] <= 32'hFEE42623;
    mem['h03A1] <= 32'h0007C783;
    mem['h03A2] <= 32'h00078513;
    mem['h03A3] <= 32'hF85FF0EF;
    mem['h03A4] <= 32'hFEC42783;
    mem['h03A5] <= 32'h0007C783;
    mem['h03A6] <= 32'hFE0790E3;
    mem['h03A7] <= 32'h00000013;
    mem['h03A8] <= 32'h00000013;
    mem['h03A9] <= 32'h01C12083;
    mem['h03AA] <= 32'h01812403;
    mem['h03AB] <= 32'h02010113;
    mem['h03AC] <= 32'h00008067;
    mem['h03AD] <= 32'hFD010113;
    mem['h03AE] <= 32'h02812623;
    mem['h03AF] <= 32'h03010413;
    mem['h03B0] <= 32'hFCA42E23;
    mem['h03B1] <= 32'hFCB42C23;
    mem['h03B2] <= 32'hFD842783;
    mem['h03B3] <= 32'hFFF78793;
    mem['h03B4] <= 32'h00279793;
    mem['h03B5] <= 32'hFEF42623;
    mem['h03B6] <= 32'h03C0006F;
    mem['h03B7] <= 32'hFEC42783;
    mem['h03B8] <= 32'hFDC42703;
    mem['h03B9] <= 32'h00F757B3;
    mem['h03BA] <= 32'h00F7F793;
    mem['h03BB] <= 32'h00101737;
    mem['h03BC] <= 32'hF4070713;
    mem['h03BD] <= 32'h00F707B3;
    mem['h03BE] <= 32'h0007C703;
    mem['h03BF] <= 32'h020007B7;
    mem['h03C0] <= 32'h00878793;
    mem['h03C1] <= 32'h00E7A023;
    mem['h03C2] <= 32'hFEC42783;
    mem['h03C3] <= 32'hFFC78793;
    mem['h03C4] <= 32'hFEF42623;
    mem['h03C5] <= 32'hFEC42783;
    mem['h03C6] <= 32'hFC07D2E3;
    mem['h03C7] <= 32'h00000013;
    mem['h03C8] <= 32'h00000013;
    mem['h03C9] <= 32'h02C12403;
    mem['h03CA] <= 32'h03010113;
    mem['h03CB] <= 32'h00008067;
    mem['h03CC] <= 32'h72746554;
    mem['h03CD] <= 32'h72615369;
    mem['h03CE] <= 32'h0A216A61;
    mem['h03CF] <= 32'h00000000;
    mem['h03D0] <= 32'h33323130;
    mem['h03D1] <= 32'h37363534;
    mem['h03D2] <= 32'h42413938;
    mem['h03D3] <= 32'h46454443;
    mem['h03D4] <= 32'h00000000;
    mem['h03D5] <= 32'h01010101;
    mem['h03D6] <= 32'h00000000;
    mem['h03D7] <= 32'h00000000;
    mem['h03D8] <= 32'h00000000;
    mem['h03D9] <= 32'h00010000;
    mem['h03DA] <= 32'h00010100;
    mem['h03DB] <= 32'h00010000;
    mem['h03DC] <= 32'h00000000;
    mem['h03DD] <= 32'h00000000;
    mem['h03DE] <= 32'h00010100;
    mem['h03DF] <= 32'h00010100;
    mem['h03E0] <= 32'h00000000;
    mem['h03E1] <= 32'h00010000;
    mem['h03E2] <= 32'h00010100;
    mem['h03E3] <= 32'h00000100;
    mem['h03E4] <= 32'h00000000;
    mem['h03E5] <= 32'h00000100;
    mem['h03E6] <= 32'h00010100;
    mem['h03E7] <= 32'h00010000;
    mem['h03E8] <= 32'h00000000;
    mem['h03E9] <= 32'h00000100;
    mem['h03EA] <= 32'h00000100;
    mem['h03EB] <= 32'h00010100;
    mem['h03EC] <= 32'h00000000;
    mem['h03ED] <= 32'h00010000;
    mem['h03EE] <= 32'h00010000;
    mem['h03EF] <= 32'h00010100;
    mem['h03F0] <= 32'h00000000;
    mem['h03F1] <= 32'h00002710;
    mem['h03F2] <= 32'h075BCD15;
    mem['h03F3] <= 32'h075BCD15;

  end

  always @(posedge clk) mem_data <= mem[mem_addr];

  // ============================================================================

  reg o_ready;

  always @(posedge clk or negedge rstn)
    if (!rstn) o_ready <= 1'd0;
    else o_ready <= valid && ((addr & MEM_ADDR_MASK) != 0);

  // Output connectins
  assign ready    = o_ready;
  assign rdata    = mem_data;
  assign mem_addr = addr[MEM_SIZE_BITS+1:2];

  always @(posedge clk) begin    
    if (wen) mem[waddr] <= wdata;				
  end

endmodule